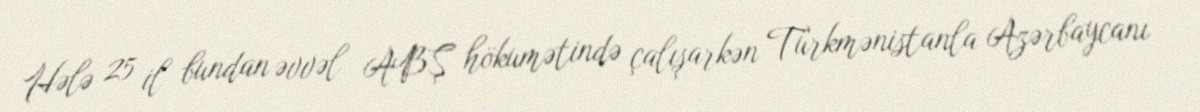
Hələ 25 il bundan əvvəl ABŞ hökumətində çalışarkən Türkmənistanla Azərbaycanı